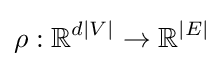
\rho :\mathbb {R} ^{d|V|}\rightarrow \mathbb {R} ^{|E|}